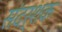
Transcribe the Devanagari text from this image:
संदर्शक